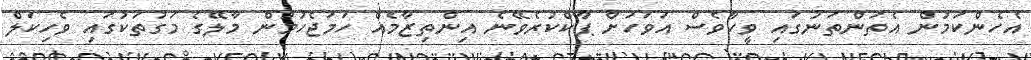
އެހެންކަމުން އެތަންތަނުގައި ވީހާވެސް އަވަހަށް ޕާކްކުރެވޭނެ އިންތިޒާމެއް ހަމަޖެހުމުން މާލޭގެ މަގުތަކުގައި ވެހިކަލް